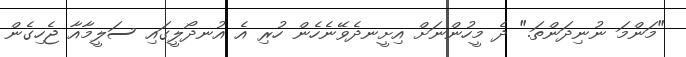
"މަންމަ ނުނިދަންތަ." ދެ މީހުންނަށް އިށީނދެވޭނެހެން ހުރި އެ އުނދޯލީގައި ސަލީމާއާ ޖެހިގެން